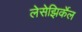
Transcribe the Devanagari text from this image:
लेसेझिर्केल